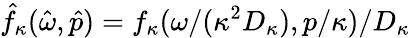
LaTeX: \hat{f}_{\kappa}(\hat{\omega},\hat{p})=f_{\kappa}(\omega/(\kappa^{2}D_{\kappa}),p/\kappa)/D_{\kappa}